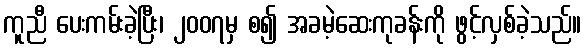
ကူညီ ပေးကမ်းခဲ့ပြီး၊ ၂၀၀၇မှ စ၍ အခမဲ့ဆေးကုခန်းကို ဖွင့်လှစ်ခဲ့သည်။